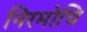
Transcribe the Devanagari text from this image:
निरमोचि